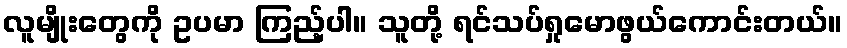
လူမျိုးတွေကို ဥပမာ ကြည့်ပါ။ သူတို့ ရင်သပ်ရှုမောဖွယ်ကောင်းတယ်။